Indian journal of veterinary science and animal husbandry - Volume 5,
Year: 1935
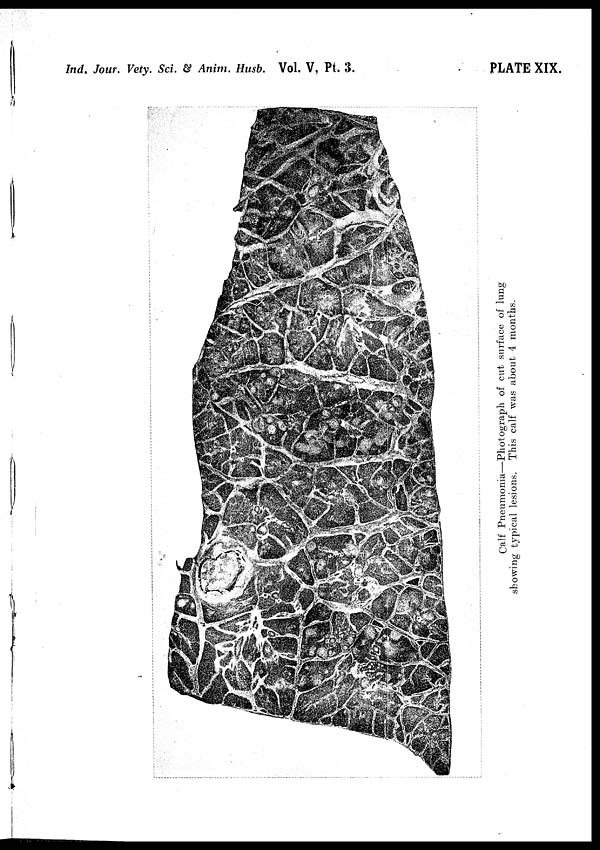
Ind. Jour. Vety. Sci. & Anim. Husb. Vol. V, Pt. 3.
PLATE XIX.
Calf Pneumonia—Photograph of cut surface of lung
showing typical lesions. This calf was about 4 months.